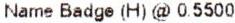
NAME BADGE (H) @ 0.5500